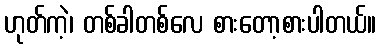
ဟုတ်ကဲ့၊ တစ်ခါတစ်လေ စားတော့စားပါတယ်။